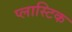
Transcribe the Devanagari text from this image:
प्‍लास्‍टिक